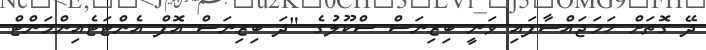
ދޭ ގޮތަށް ހަމަޖައްސާފައި ވަނީ ބިޒިނަސް ސްކޫލުގެ "ދަ ބިޒިނަސް އޮފް އެންޓަޓެއިންމަންޓް